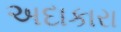
અદાકારા